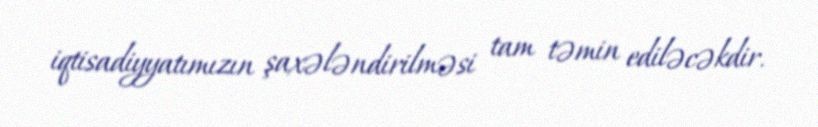
iqtisadiyyatımızın şaxələndirilməsi tam təmin ediləcəkdir.